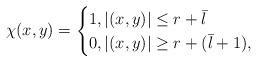
LaTeX: \begin{align*}\chi(x,y)=\begin{cases}1,|(x,y)|\leq r+\bar{l}\\0,|(x,y)|\geq r+(\bar{l}+1),\end{cases}\end{align*}